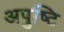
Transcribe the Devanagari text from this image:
अपुष्टि